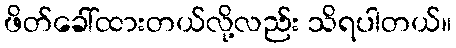
ဖိတ်ခေါ်ထားတယ်လို့လည်း သိရပါတယ်။